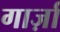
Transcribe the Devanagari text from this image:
गार्ज़ा